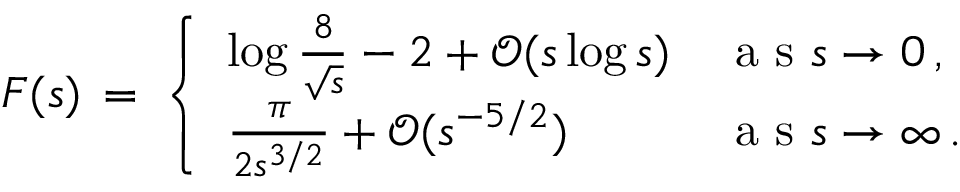
F ( s ) \, = \, \left\{ \begin{array} { l l } { \log \frac { 8 } { \sqrt { s } } - 2 + \mathcal { O } ( s \log s ) } & { \mathrm { ~ a ~ s ~ } s \to 0 \, , } \\ { \frac { \pi } { 2 s ^ { 3 / 2 } } + \mathcal { O } ( s ^ { - 5 / 2 } ) } & { \mathrm { ~ a ~ s ~ } s \to \infty \, . } \end{array} \right.